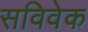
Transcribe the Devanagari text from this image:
सविवेक